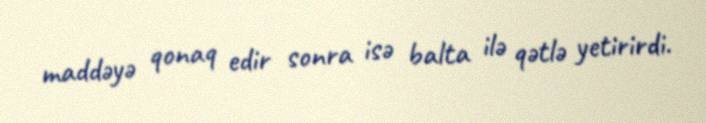
maddəyə qonaq edir sonra isə balta ilə qətlə yetirirdi.